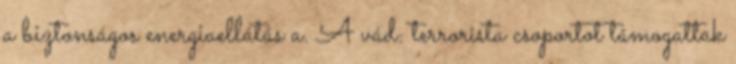
a biztonságos energiaellátás a. A vád: terrorista csoportot támogattak